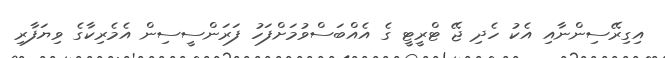
އިގިރޭސިންނާއި އެކު ހެދި ޖޭ ޓްރީޓީ ގެ އެއްބަސްވުމަށްފަހު ފަރަންސީސިން އެމެރިކާގެ ވިޔަފާރި